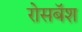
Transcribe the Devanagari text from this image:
रोसबॅश